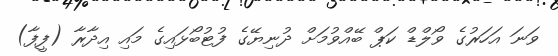
ވަނަ އަހަރުގެ ވޯލްޑް ކަޕް ބޭއްވުމަށް ދުނިޔޭގެ ފުޓުބޯޅައިގެ މައި އިދާރާ (ފީފާ)